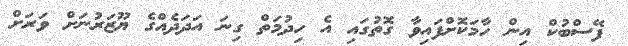
ފޭސްބުކް އިން ހާމަކޮށްފައިވާ ގޮތުގައި އެ ހިދުމަތް ގިނަ އަދަދެއްގެ ޔޫޒަރުނަށް ވަރަށް